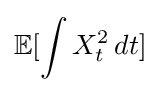
\mathbb {E} [\int X_{t}^{2}\,dt]